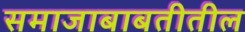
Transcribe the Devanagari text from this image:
समाजाबाबतीतील